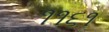
૧૧૬૧